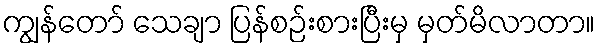
ကျွန်တော် သေချာ ပြန်စဉ်းစားပြီးမှ မှတ်မိလာတာ။